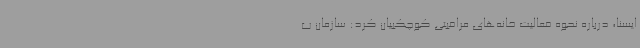
ایسنا، درباره نحوه فعالیت خانه‌های مراقبتی کوچکبیان کرد: سازمان ب